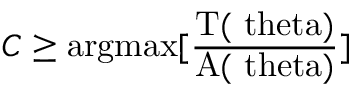
C \geq \mathrm { a r g m a x [ \frac { T ( \ t h e t a ) } { A ( \ t h e t a ) } ] }